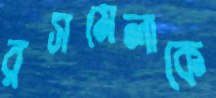
রসমেলাকে